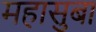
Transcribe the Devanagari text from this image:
महासुबा